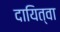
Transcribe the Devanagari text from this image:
दायित्वा